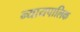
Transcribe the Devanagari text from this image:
न्यायपालिक